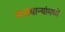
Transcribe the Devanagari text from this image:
कडधान्यांमध्ये